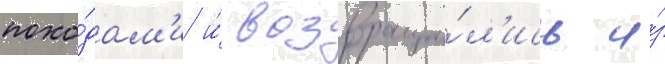
похо́дам'и и́ возвраща́л'ись и́з